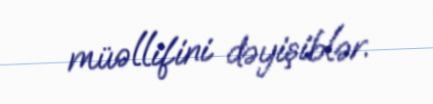
müəllifini dəyişiblər.